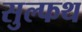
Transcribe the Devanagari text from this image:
सुल्फथ